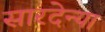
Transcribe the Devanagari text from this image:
सारदेन्या